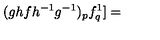
( g h f { h ^ { - 1 } } { g ^ { - 1 } } ) _ { p } f _ { q } ^ { 1 } ] =